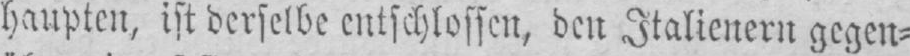
haupten, ist derselbe entschlossen, den Italienern gegen⸗